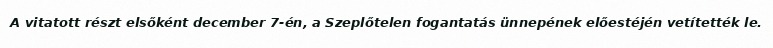
A vitatott részt elsőként december 7-én, a Szeplőtelen fogantatás ünnepének előestéjén vetítették le.